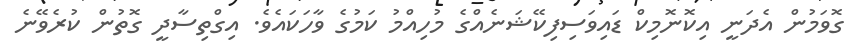
ގޮވަމުން އެދަނީ އިކޮނޮމިކް ޑައިވަސިފިކޭޝަނެއްގެ މުހިއްމު ކަމުގެ ވާހަކައެވެ. އިގްތިސާދީ ގޮތުން ކުރެވޭނެ